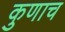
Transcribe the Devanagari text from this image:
कुणाच